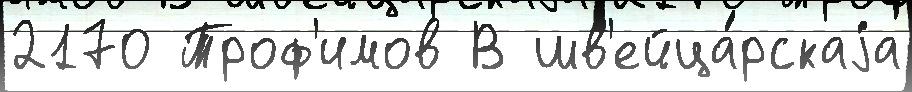
2170 Троф'имов В шв'ейца́рскаjа